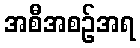
အစီအစဉ်အရ